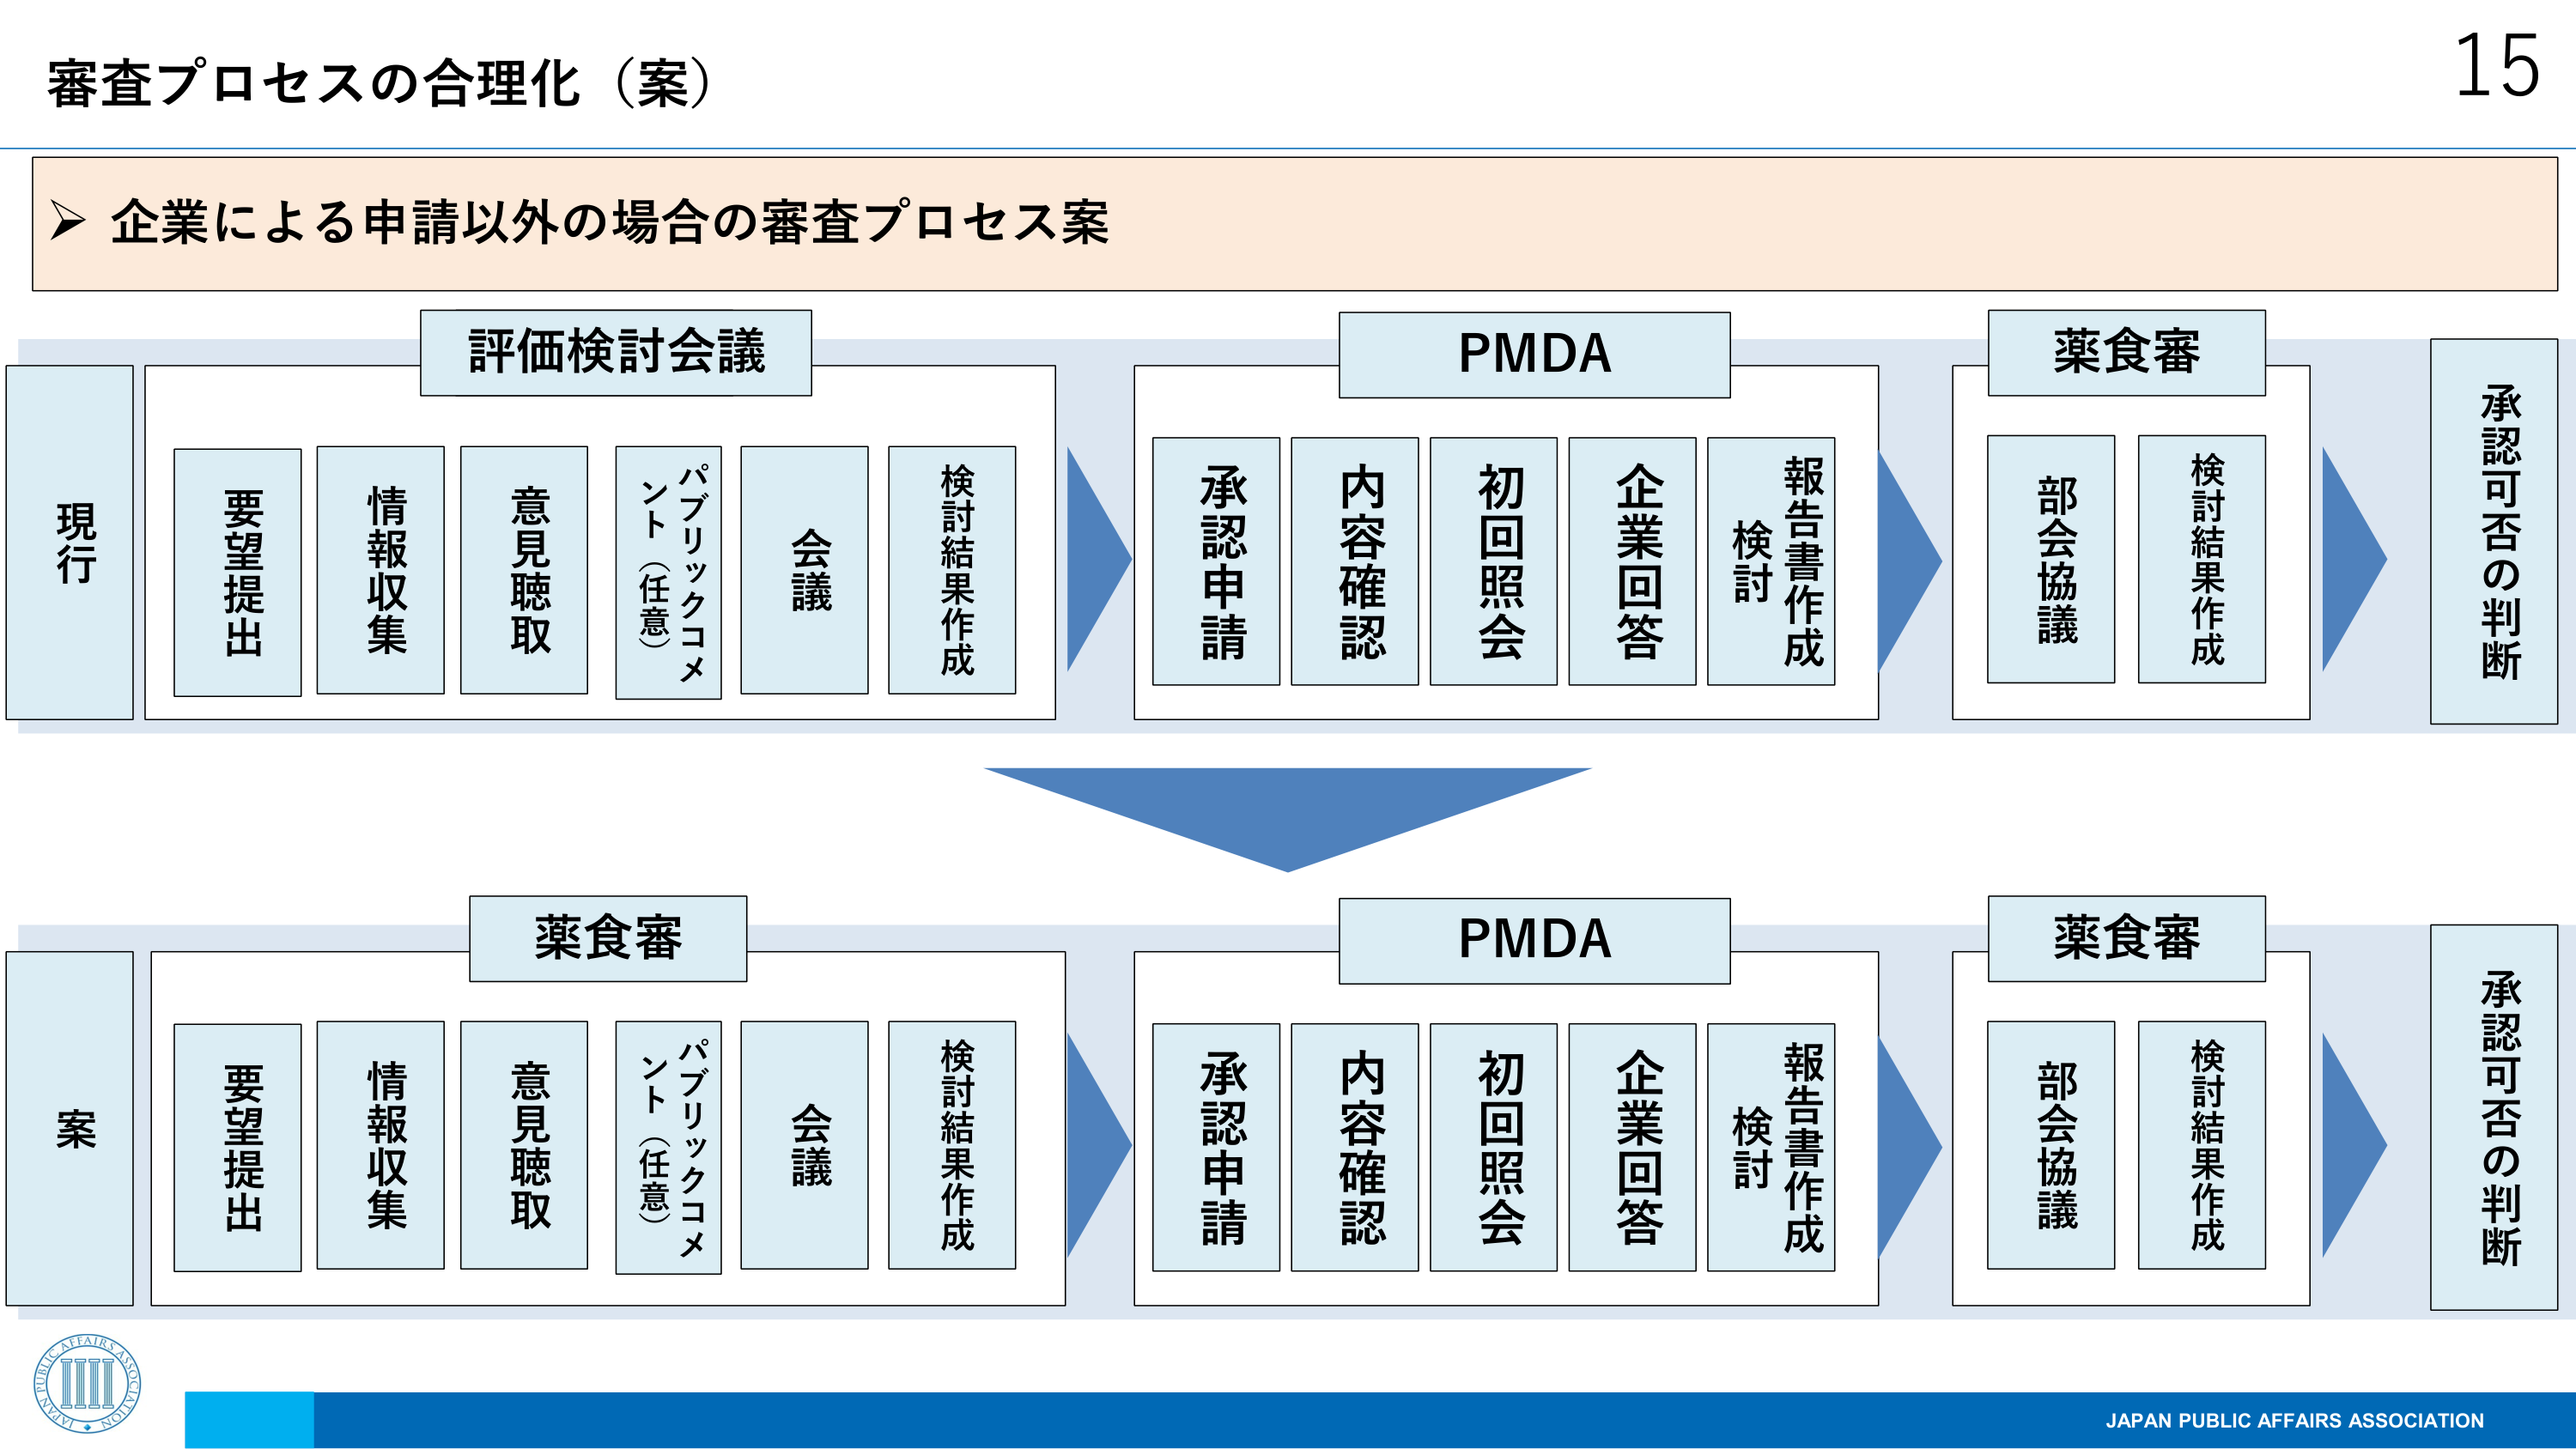
審査プロセスの合理化（案）

企業による申請以外の場合の審査プロセス案

現行
評価検討会議
要望提出
情報収集
意見聴取
パブリックコメント（任意）
会議
検討結果作成
PMDA
承認申請
内容確認
初回照会
企業回答
報告書作成
検討
薬食審
部会協議
検討結果作成
承認可否の判断

案
薬食審
要望提出
情報収集
意見聴取
パブリックコメント（任意）
会議
検討結果作成
PMDA
承認申請
内容確認
初回照会
企業回答
報告書作成
検討
薬食審
部会協議
検討結果作成
承認可否の判断

15
JAPAN PUBLIC AFFAIRS ASSOCIATION